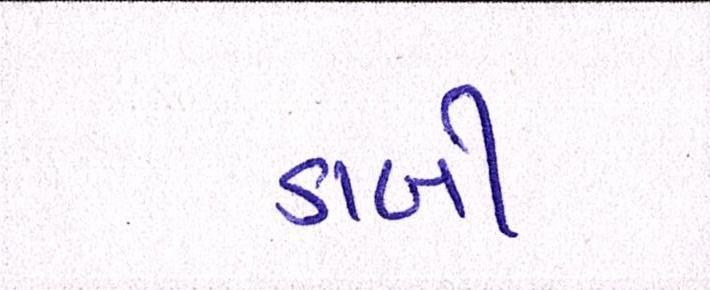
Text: ડાબી